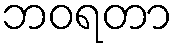
ဘဝရတာ